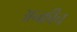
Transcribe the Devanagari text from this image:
अन्क्रीच